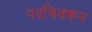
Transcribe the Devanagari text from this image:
पदविवरून